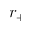
r _ { + }